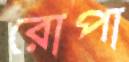
রোপা